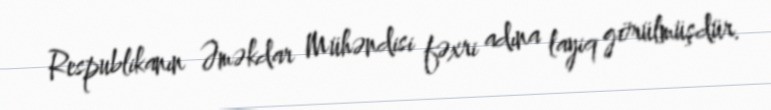
Respublikanın Əməkdar Mühəndisi fəxri adına layiq görülmüşdür.